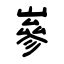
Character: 嵾